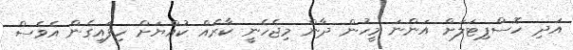
އަދި ހޮސްޕިޓަލަށް އަންނަ މީހުން ދާން މިޖެހެނީ ކާރެއް ކުއްޔަށް ހިފައިގެން އެވެސް